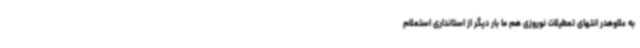
به علاوهدر انتهای تعطیلات نوروزی هم ما بار دیگر از استانداری استعلام